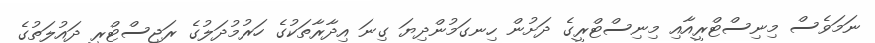
ނަމަވެސް މިނިސްޓްރީއާއި މިނިސްޓްރީގެ ދަށުން ހިނގަމުންދިޔަ ގިނަ އިދާރާތަކުގެ ހަރުމުދަލުގެ ރަޖިސްޓްރީ ދައުލަތުގެ